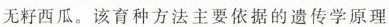
无籽西瓜。该育种方法主要依据的遗传学原理